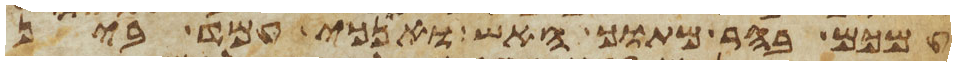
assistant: עמכם בהר מתוך האש ואנכי עמד בין